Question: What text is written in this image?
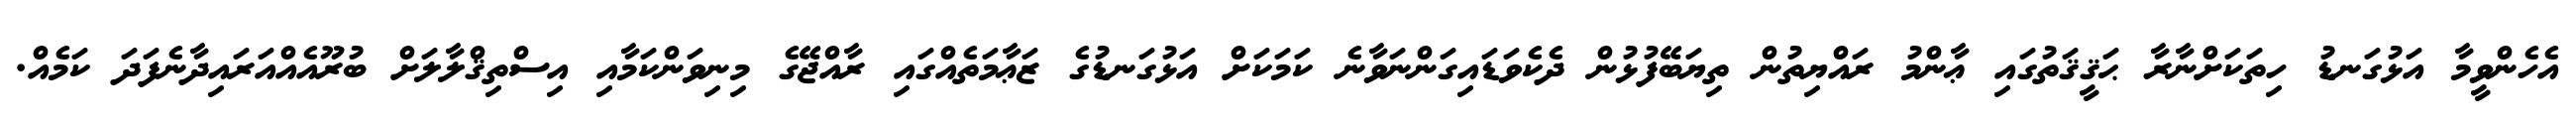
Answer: އެހެންވީމާ އަޅުގަނޑު ހިތަކަށްނާރާ ޙަޤީޤަތުގައި ޢާންމު ރައްޔިތުން ތިޔަބޭފުޅުން ދެކެވަޑައިގަންނަވާނެ ކަމަކަށް އަޅުގަނޑުގެ ޒަޢާމަތެއްގައި ރާއްޖޭގެ މިނިވަންކަމާއި އިސްތިޤްލާލަށް ބުރޫއެއްއަރައިދާނެފަދަ ކަމެއް.